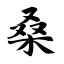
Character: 桑